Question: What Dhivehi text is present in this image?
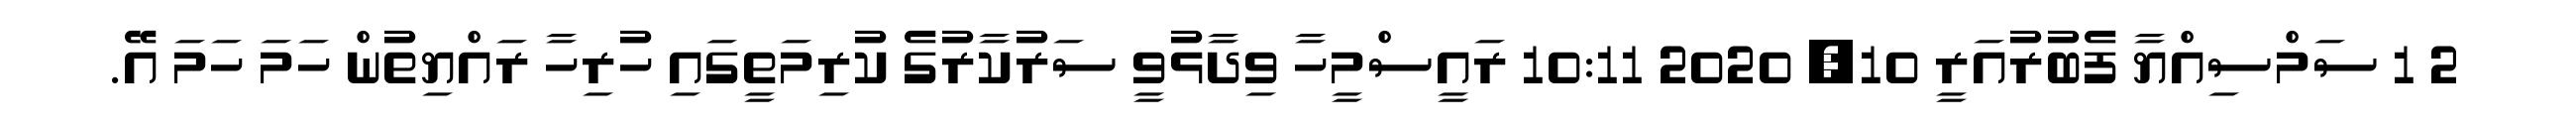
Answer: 2 1 ސަމްސިއްޔާ ފެބުރުއަރީ 10, 2020 10:11 ރައީސްމީހާ ވިދާޅުވީ ސަރުކާރުގެ ކުރިމަތީގައި ހުރިހާ ރައްޔިތުން ހަމަ ހަމަ އޭ.